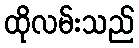
ထိုလမ်းသည်